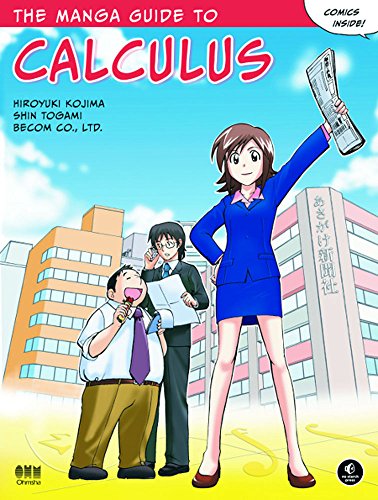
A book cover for The Manga Guide to Calculus; Hiroyuki Kojima; Comics & Graphic Novels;